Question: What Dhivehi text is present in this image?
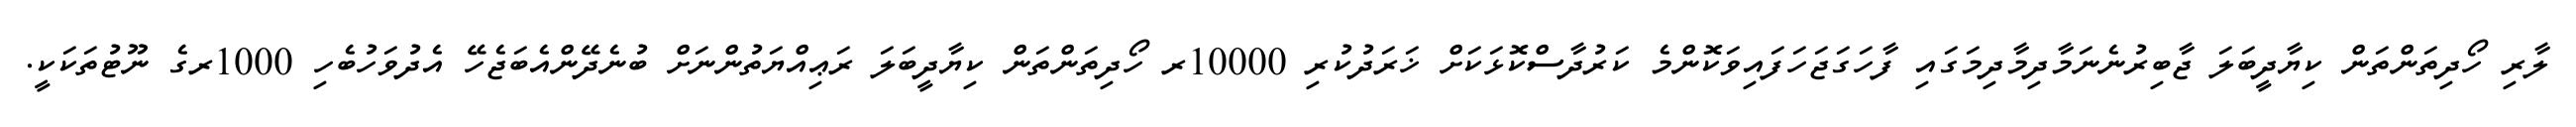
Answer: ލާރި ހޯދިތަންތަން ކިޔާދީބަލަ ޖާބިރުނެނަމާދިމާދިމަގައި ފާހަގަޖަހަފައިވަކޮންމެ ކަރުދާސްކޮޅަކަށް ޚަރަދުކުރި 10000ރ ހޯދިތަންތަން ކިޔާދީބަލަ ރަޢިއްޔަތުންނަށް ބުނެދޭންއެބަޖެހޭ އެދުވަހުބެހި 1000ރގެ ނޫޓުތަކަކީ.